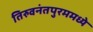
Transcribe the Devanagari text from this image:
तिरुवनंतपुरममध्ये